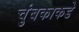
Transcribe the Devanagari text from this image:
चुंबकाकडे